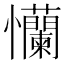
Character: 𢦂